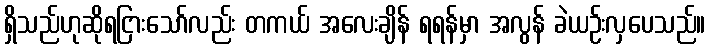
ရှိသည်ဟုဆိုရငြားသော်လည်း တကယ် အလေးချိန် ရရန်မှာ အလွန် ခဲယဉ်းလှပေသည်။